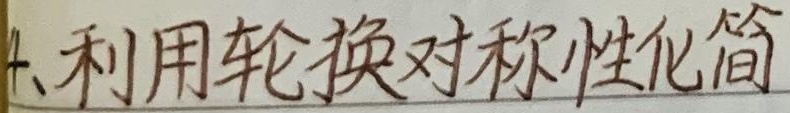
4、利用轮换对称性化简